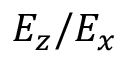
E _ { z } / E _ { x }